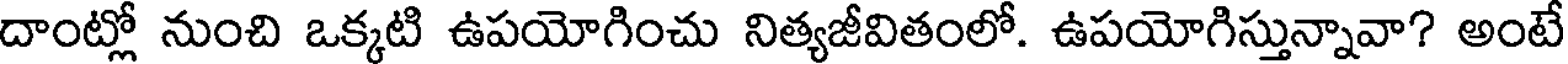
దాంట్లో నుంచి ఒక్కటి ఉపయోగించు నిత్యజీవితంలో. ఉపయోగిస్తున్నావా? అంటే